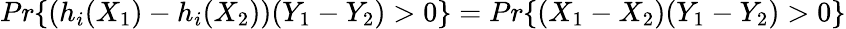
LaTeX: Pr\{ (h_{i}(X_{1})-h_{i}(X_{2}))(Y_{1}-Y_{2})>0\} =Pr\{ (X_{1}-X_{2})(Y_{1}-Y_{2})>0\}